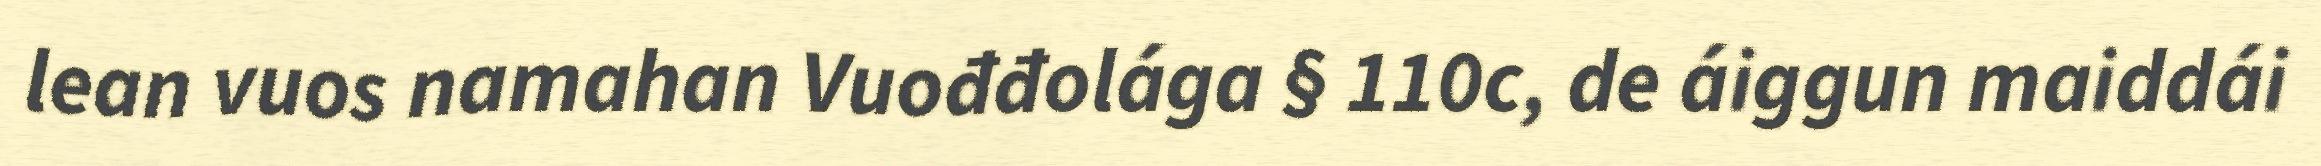
lean vuos namahan Vuođđolága § 110c, de áiggun maiddái